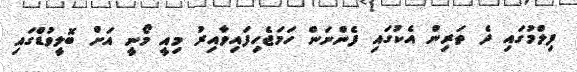
ފިލްމުގައި ދެ ތަރިން އެކުގައި ފެންނަން ހަމަޖެހިފައިވާއިރު މިއީ މޯނީ އަށް ބޮލީވުޑްގައި